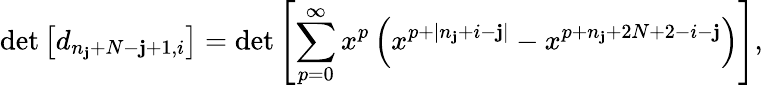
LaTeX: \operatorname*{det}\left[d_{n_{\mathbf{j}}+N-\mathbf{j}+1,i}\right]=\operatorname*{det}\left[\sum_{p=0}^{\infty}x^{p}\left(x^{p+|n_{\mathbf{j}}+i-\mathbf{j}|}-x^{p+n_{\mathbf{j}}+2N+2-i-\mathbf{j}}\right)\right],